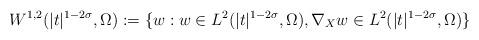
LaTeX: \begin{align*}W^{1,2}(|t|^{1-2\sigma},\Omega):=\{w: w\in L^2(|t|^{1-2\sigma},\Omega), \nabla_X w\in L^2(|t|^{1-2\sigma},\Omega)\}\end{align*}